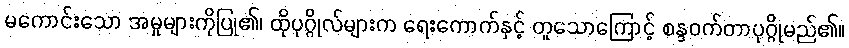
မကောင်းသော အမှုများကိုပြု၏၊ ထိုပုဂ္ဂိုလ်များက ရေးကောက်နှင့် တူသောကြောင့် စန္ဒဝက်တာပုဂ္ဂိုမည်၏။